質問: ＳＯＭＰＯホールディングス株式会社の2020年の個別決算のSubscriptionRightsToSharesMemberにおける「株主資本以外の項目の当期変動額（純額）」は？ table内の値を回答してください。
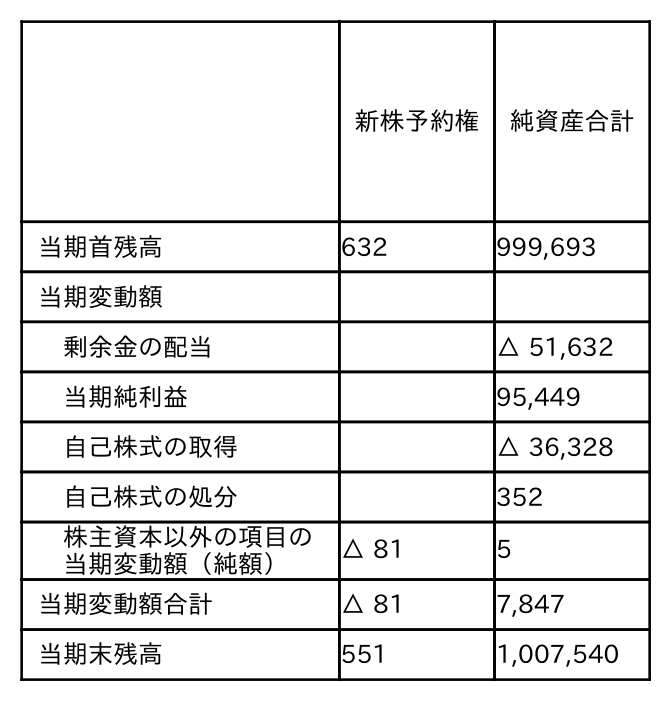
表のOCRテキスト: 新株予約権 純資産合計 当期首残高 632 999,693 当期変動額 剰余金の配当 △ 51,632 当期純利益 95,449 自己株式の取得 △ 36,328 自己株式の処分 352 株主資本以外の項目の 当期変動額（純額） △ 81 5 当期変動額合計 △ 81 7,847 当期末残高 551 1,007,540
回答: △81